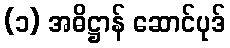
(၁) အဓိဋ္ဌာန် ဆောင်ပုဒ်